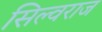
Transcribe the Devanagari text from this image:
सिल्वराज